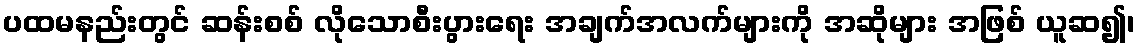
ပထမနည်းတွင် ဆန်းစစ် လိုသောစီးပွားရေး အချက်အလက်များကို အဆိုများ အဖြစ် ယူဆ၍၊